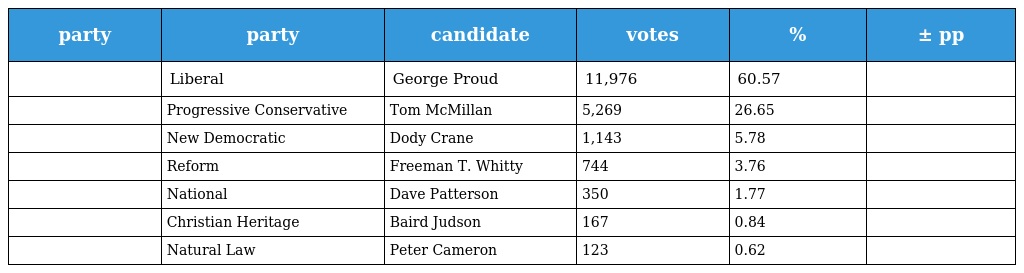
| party | party | candidate | votes | % | ± pp |
 | --- | --- | --- | --- | --- | --- |
 |  | Liberal | George Proud | 11,976 | 60.57 |  |
 |  | Progressive Conservative | Tom McMillan | 5,269 | 26.65 |  |
 |  | New Democratic | Dody Crane | 1,143 | 5.78 |  |
 |  | Reform | Freeman T. Whitty | 744 | 3.76 |  |
 |  | National | Dave Patterson | 350 | 1.77 |  |
 |  | Christian Heritage | Baird Judson | 167 | 0.84 |  |
 |  | Natural Law | Peter Cameron | 123 | 0.62 |  |